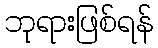
ဘုရားဖြစ်ရန်